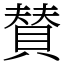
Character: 賛